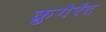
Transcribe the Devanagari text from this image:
क्रुगेर्रंद